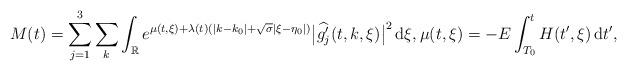
LaTeX: \begin{align*}M(t)=\sum_{j=1}^3\sum_{k}\int_{\mathbb{R}}e^{\mu(t,\xi)+\lambda(t)(|k- k_0|+\sqrt{\sigma}|\xi- \eta_0|)}\big|\widehat{g_j'}(t,k,\xi)\big|^2\,\mathrm{d}\xi,\mu(t,\xi)=-E\int_{T_0}^t H(t',\xi)\,\mathrm{d}t',\end{align*}